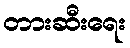
တားဆီးရေး